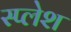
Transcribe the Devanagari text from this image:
स्प्लेश